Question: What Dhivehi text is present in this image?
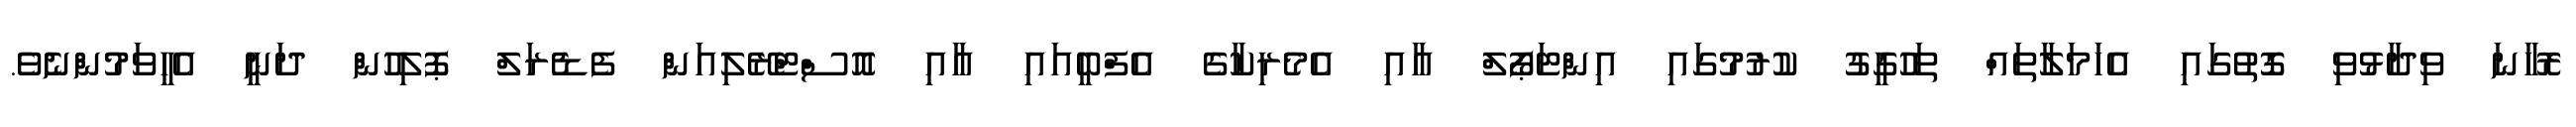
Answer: ރޮހާނަ ވިދާޅުވި ގޮތުގައި އެހަމަލާތައް ތަހުގީގު ކުރުމުގައި އިންޓަޕޯލް އާއި އެމެރިކާގެ އެފްބީއައި އާއި އޮސްޓްރޭލިއަން ފެޑެރަލް ޕޮލިހުން ދަނީ އެހީވަމުންނެވެ.